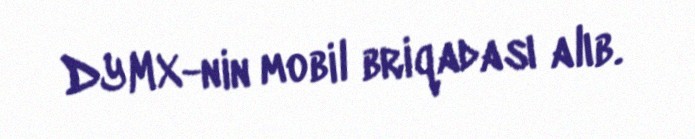
DYMX-nin mobil briqadası alıb.